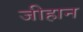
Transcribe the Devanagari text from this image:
जीहान